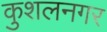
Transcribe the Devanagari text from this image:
कुशलनगर